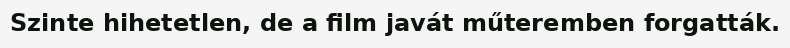
Szinte hihetetlen, de a film javát műteremben forgatták.